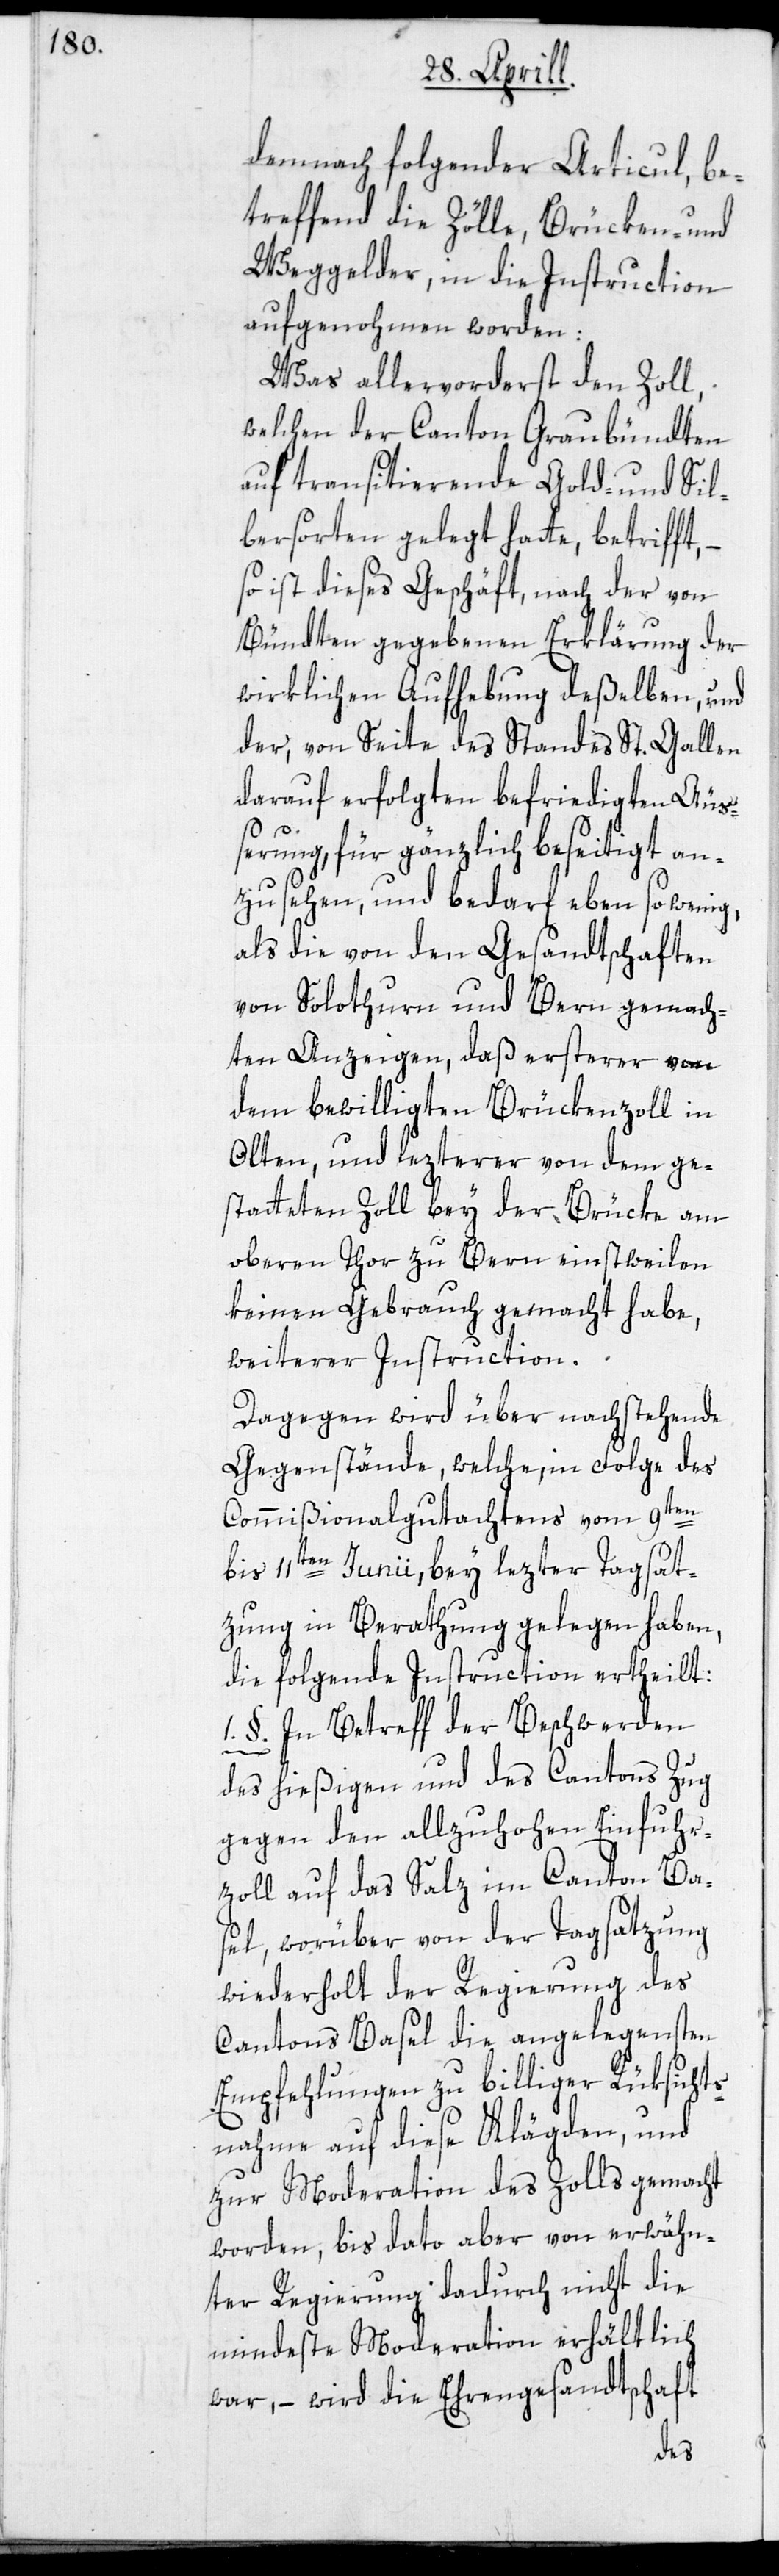
demnach folgender Articul, be¬
treffend die Zölle, Brücken- und
Weggelder, in die Instruction
aufgenohmen worden:
Was allervorderst den Zoll,
welchen den Canton Graubündten
auf transitierende Gold- und Sil¬
bersorten gelegt hatte, betrifft,
so ist dieses Geschäft, nach der von
Bündten gegebenen Erklärung der
wirklichen Aufhebung deßelben, und
der, von Seite des Standes St. Gallen
darauf erfolgten befriedigten Äus¬
serung, für gänzlich beseitigt an¬
zusehen, und bedarf eben so wenig,
als die von den Gesandtschaften
von Solothurn und Bern gemach¬
ten Anzeigen, daß ersterer von
dem bewilligten Brückenzoll in
Olten, und lezterer von dem ge¬
statteten Zoll bey der Brücke am
oberen Thor zu Bern einstweilen
keinen Gebrauch gemacht habe,
weiterer Instruction.
Dagegen wird über nachstehende
Gegenstände, welche, in Folge des
Commißionalgutachtens vom 9ten
bis 11ten Junii, bey lezter Tagsat¬
zung in Berathung gelegen haben,
die folgende Instruction ertheilt:
1. §. In Betreff der Beschwerden
des hießigen und des Cantons Zug
gegen den allzuhohen Einfuhr¬
zoll auf das Salz im Canton Bas¬
el, worüber von der Tagsatzung
wiederholt der Regierung des
Cantons Basel die angelegensten
Empfehlungen zu billiger Rüksichts¬
nahme auf diese Klägden, und
zur Moderation des Zolls gemacht
worden, bis dato aber von erwähn¬
ter Regierung dadurch nicht die
mindeste Moderation erhältlich
war, – wird die Ehrengesandtschaft